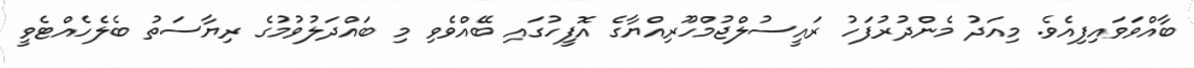
ބާއްވަވައިފިއެވެ. މިއަދު މެންދުރުފަހު ރައީސުލްޖުމްހޫރިއްޔާގެ އޮފީހުގައި ބޭއްވެވި މި ބައްދަލުވުމުގެ ރިޔާސަތު ބެލެހެއްޓެވީ